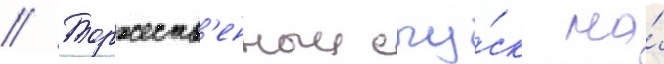
// Торжеств'енныи спу́ск на́